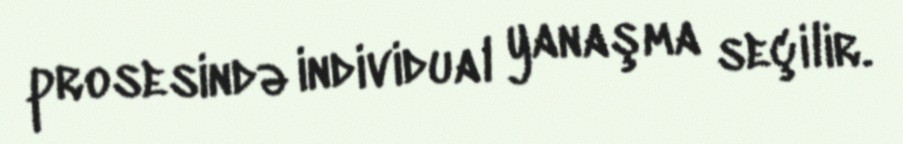
prosesində individual yanaşma seçilir.